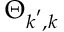
\Theta _ { \boldsymbol { k } ^ { \prime } , \boldsymbol { k } }